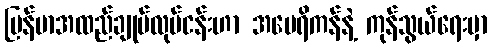
မြန်မာအထည်ချုပ်လုပ်ငန်းဟာ အမေရိကန်နဲ့ ကုန်သွယ်ရေးမှာ